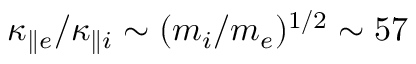
\kappa _ { \parallel e } / \kappa _ { \parallel i } \sim ( m _ { i } / m _ { e } ) ^ { 1 / 2 } \sim 5 7